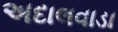
અદાલવાડા